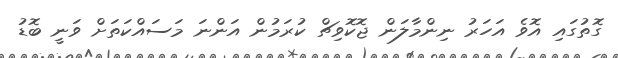
ގޮތުގައި އޮވެ އަހަރު ނިންމާލަން ޖޮކޮވިޗް ކުރަމުން އަންނަ މަސައްކަތަަށް ވަނީ ބޮޑު